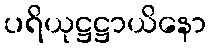
ပရိယုဋ္ဌဋ္ဌာယိနော